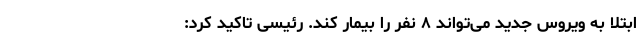
ابتلا به ویروس جدید می‌تواند ۸ نفر را بیمار کند. رئیسی تاکید کرد: